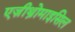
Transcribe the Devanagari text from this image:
एज़ीथ्रोमाइसिल